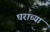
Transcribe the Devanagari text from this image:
घराच्‍या